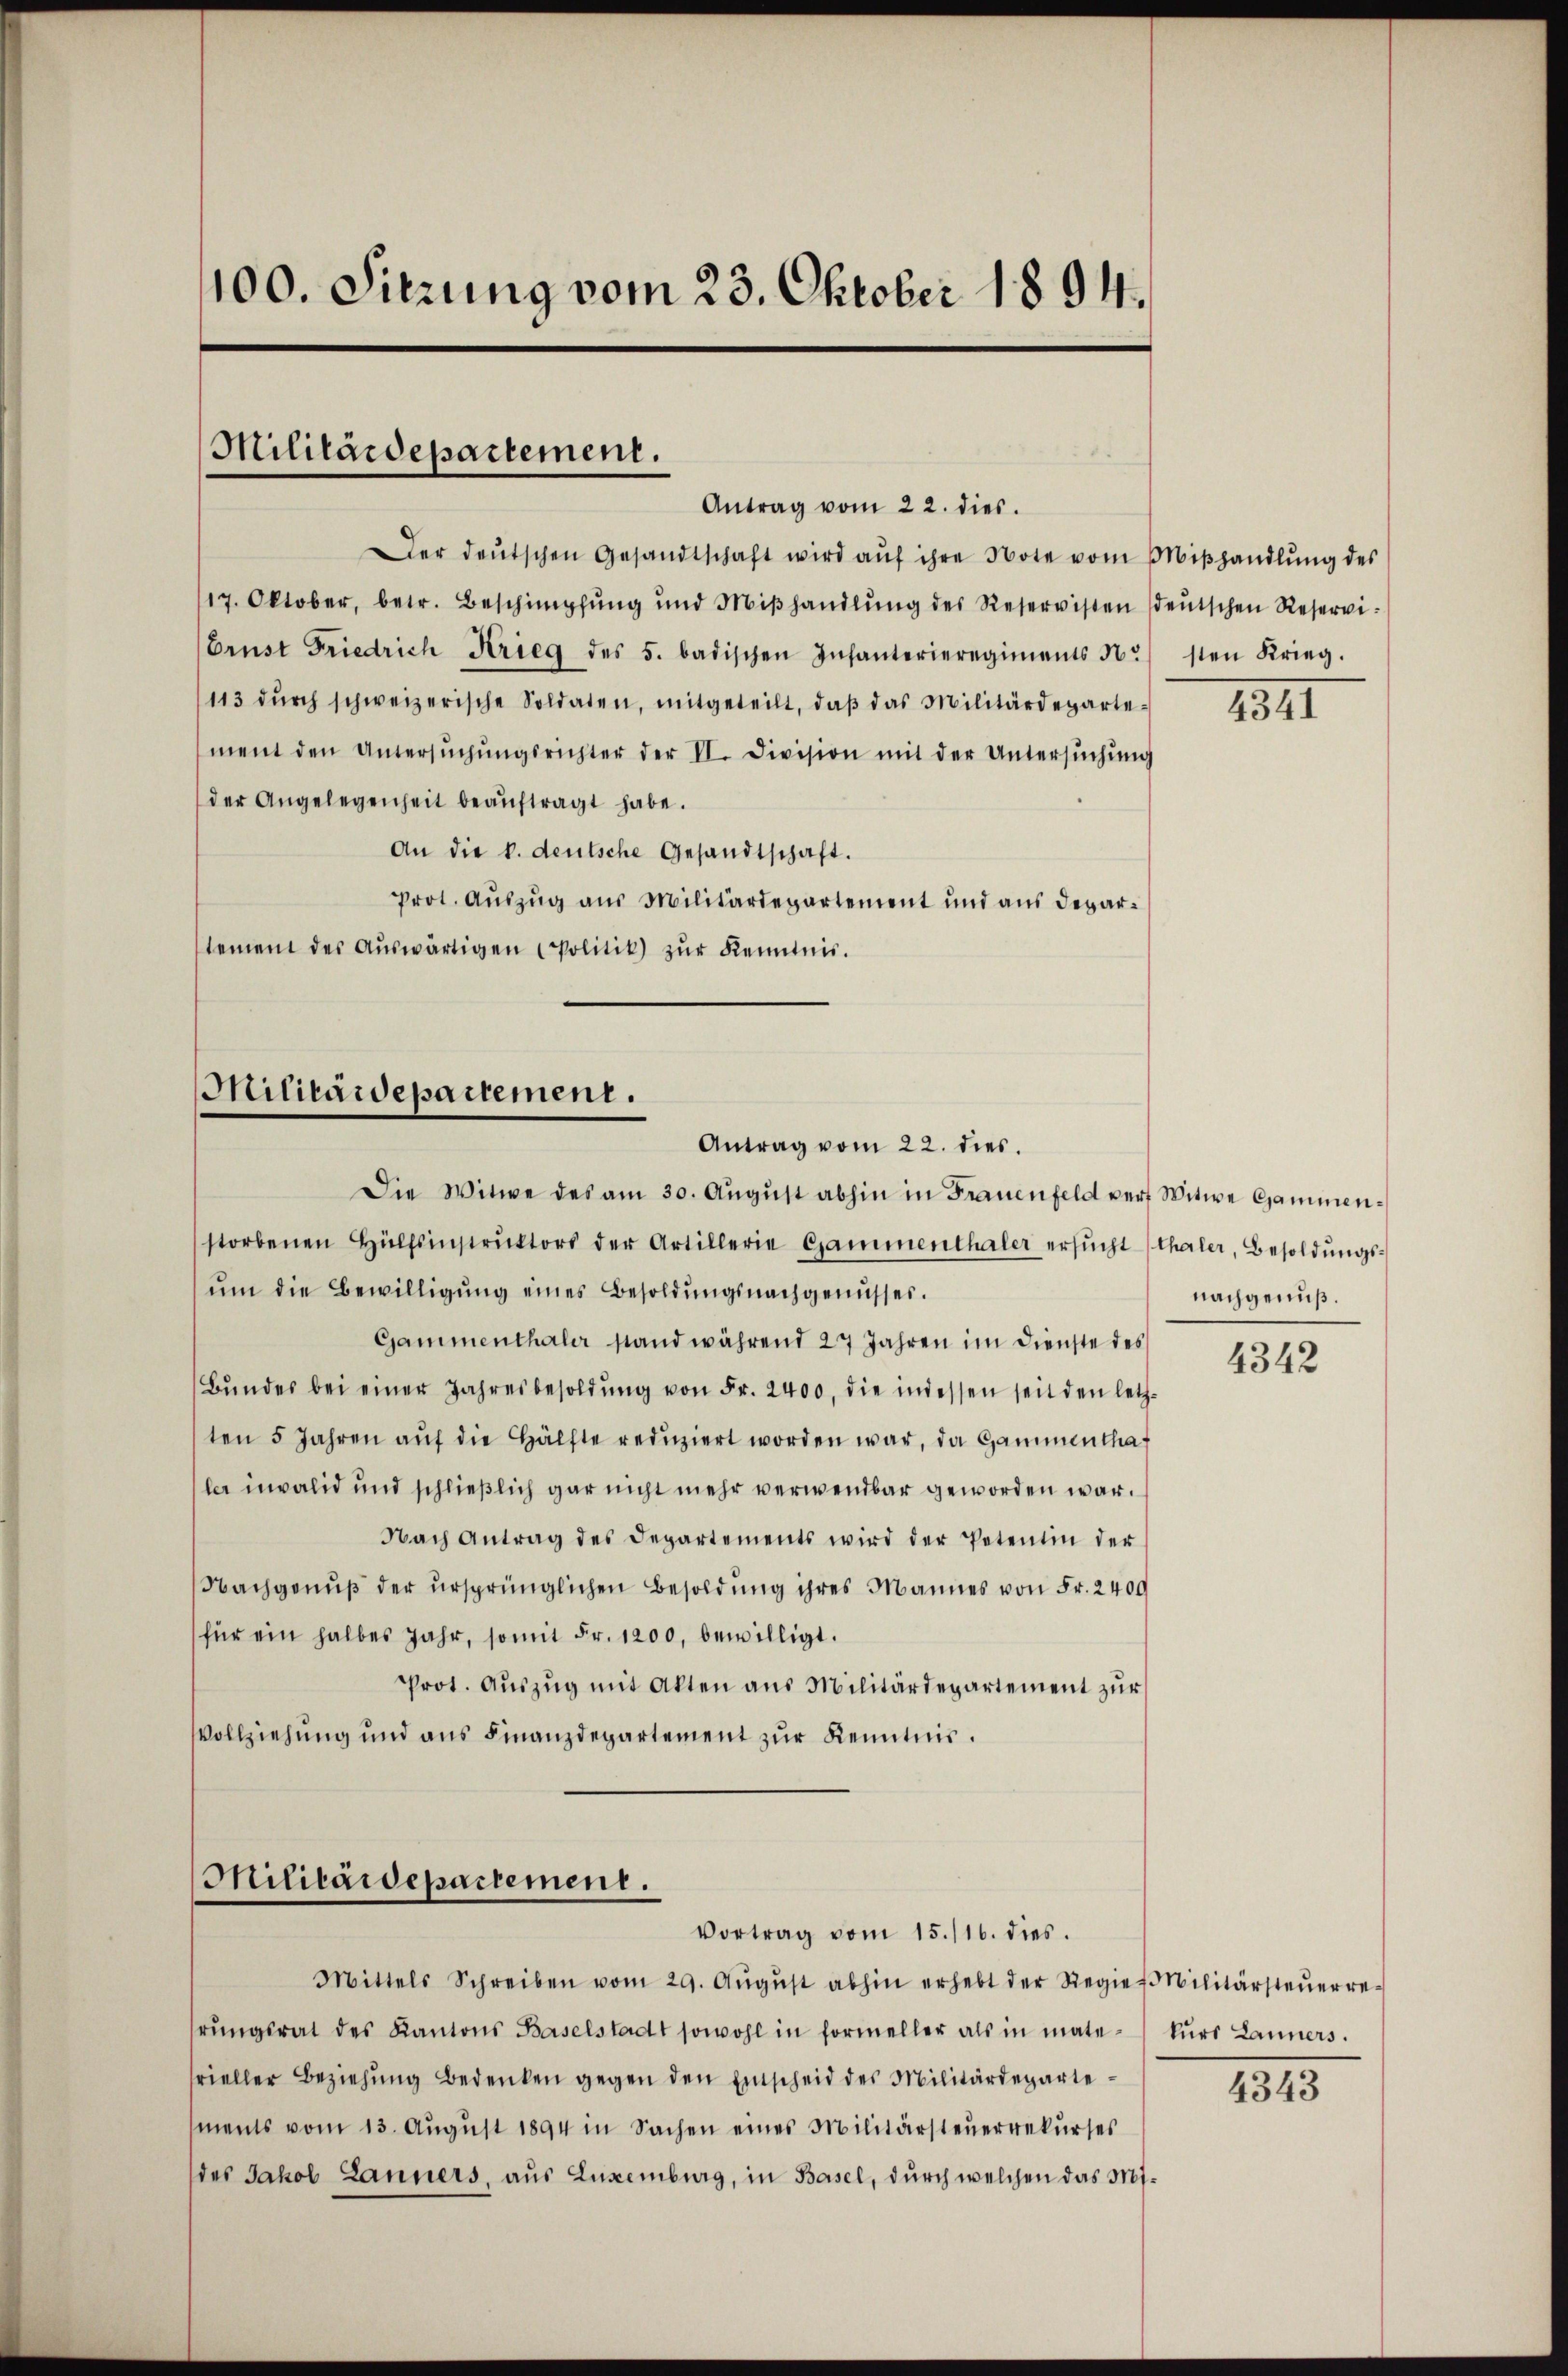
1100. Sitzung vom 23. Oktober 1894.

Militärdepartement.
Antrag vom 22. dies.

Der deŭtschen Gesandtschaft wird aŭf ihre Note vom Miβhandlŭng des
17. Oktober, betr. Beschimpfŭng und Miβhandlŭng des Reservisten (deŭtschen Reservi-
Erust Friedrich Krieg des 5. badischen Infanterieregiments N. sten Krieg.
113 dŭrch schweizerische Soldaten, mitgeteilt, daβ das Militärdeparte-
ment den Untersŭchŭngsrichter der II. Division mit der Untersŭchŭng
der Angelegenheit beaŭftragt habe.
An die k. deutsche Gesandtschaft.
Prot. Auszug aus Militärdepartement und aus Departement des Aŭswärtigen Politik zŭr Kenntnis.

Militärdepartement.
Antrag vom 22. dies

Die Witwe des am 30. Aŭgŭst abhin in Frauenfeld verf Witwe Cammenstorbenen Hülfsinstrŭktors der Artillerie Gammenthaler ersŭcht (Thaler, Besoldŭngs-
ŭm die Bewilligŭng eines Besoldŭngsnachgenusses.
Gammenthaler stand während 27 Jahren im Dienste des
Bŭndes bei einer Jahresbesoldŭng von Fr. 2400, die indessen seit den letz-
ten 5 Jahren aŭf die Hälfte redŭziert worden war, da Gammenthaf
ler invalid und schließlich gar nicht mehr verwendbar geworden war.
Nach Antrag des Departements wird der Petentin der
Nachgenuß der ursprünglichen Besoldung ihres Mannes von Fr. 2400
für ein halbes Jahr, somit Fr. 1200. bewilligt.
Prot. Aŭszŭg mit Akten aus Militärdepartement zur
Vollziehung und aus Finanzdepartement zur Kenntnis.

Militärdepartement.
Vortrag vom 15./16. dies.

Mittels Schreiben vom 29. Aŭgŭst abhin erhebt der Regier Militärsteŭerre-
rŭngsrat des Kantons Baselstadt sowohl in formeller als in mate- kŭrs Lanners.
srieller Beziehŭng bedenken gegen den Einscheid des Militärdepartements vom 13. Aŭgŭst 1894 in Sachen eines Militärsteŭerrekŭrses
des Jakob Lanners, aus Luxenburg, in Basel, durch welchen das Mi¬

1341

nachgenuß.

4342

4343